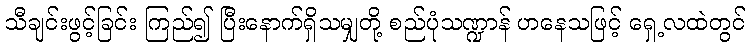
သီချင်းဖွင့်ခြင်း ကြည်၍ ပြီးနောက်ရှိသမျှတို့ စည်ပုံသဏ္ဍာန် ဟနေသဖြင့် ရှေ့လထဲတွင်